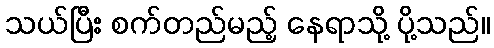
သယ်ပြီး စက်တည်မည့် နေရာသို့ ပို့သည်။